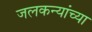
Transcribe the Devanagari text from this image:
जलकन्यांच्या